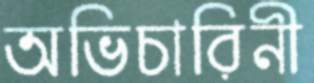
অভিচারিনী